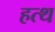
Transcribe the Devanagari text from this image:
हत्थ